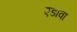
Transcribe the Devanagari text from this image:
एडावा